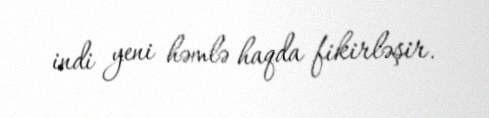
indi yeni həmlə haqda fikirləşir.